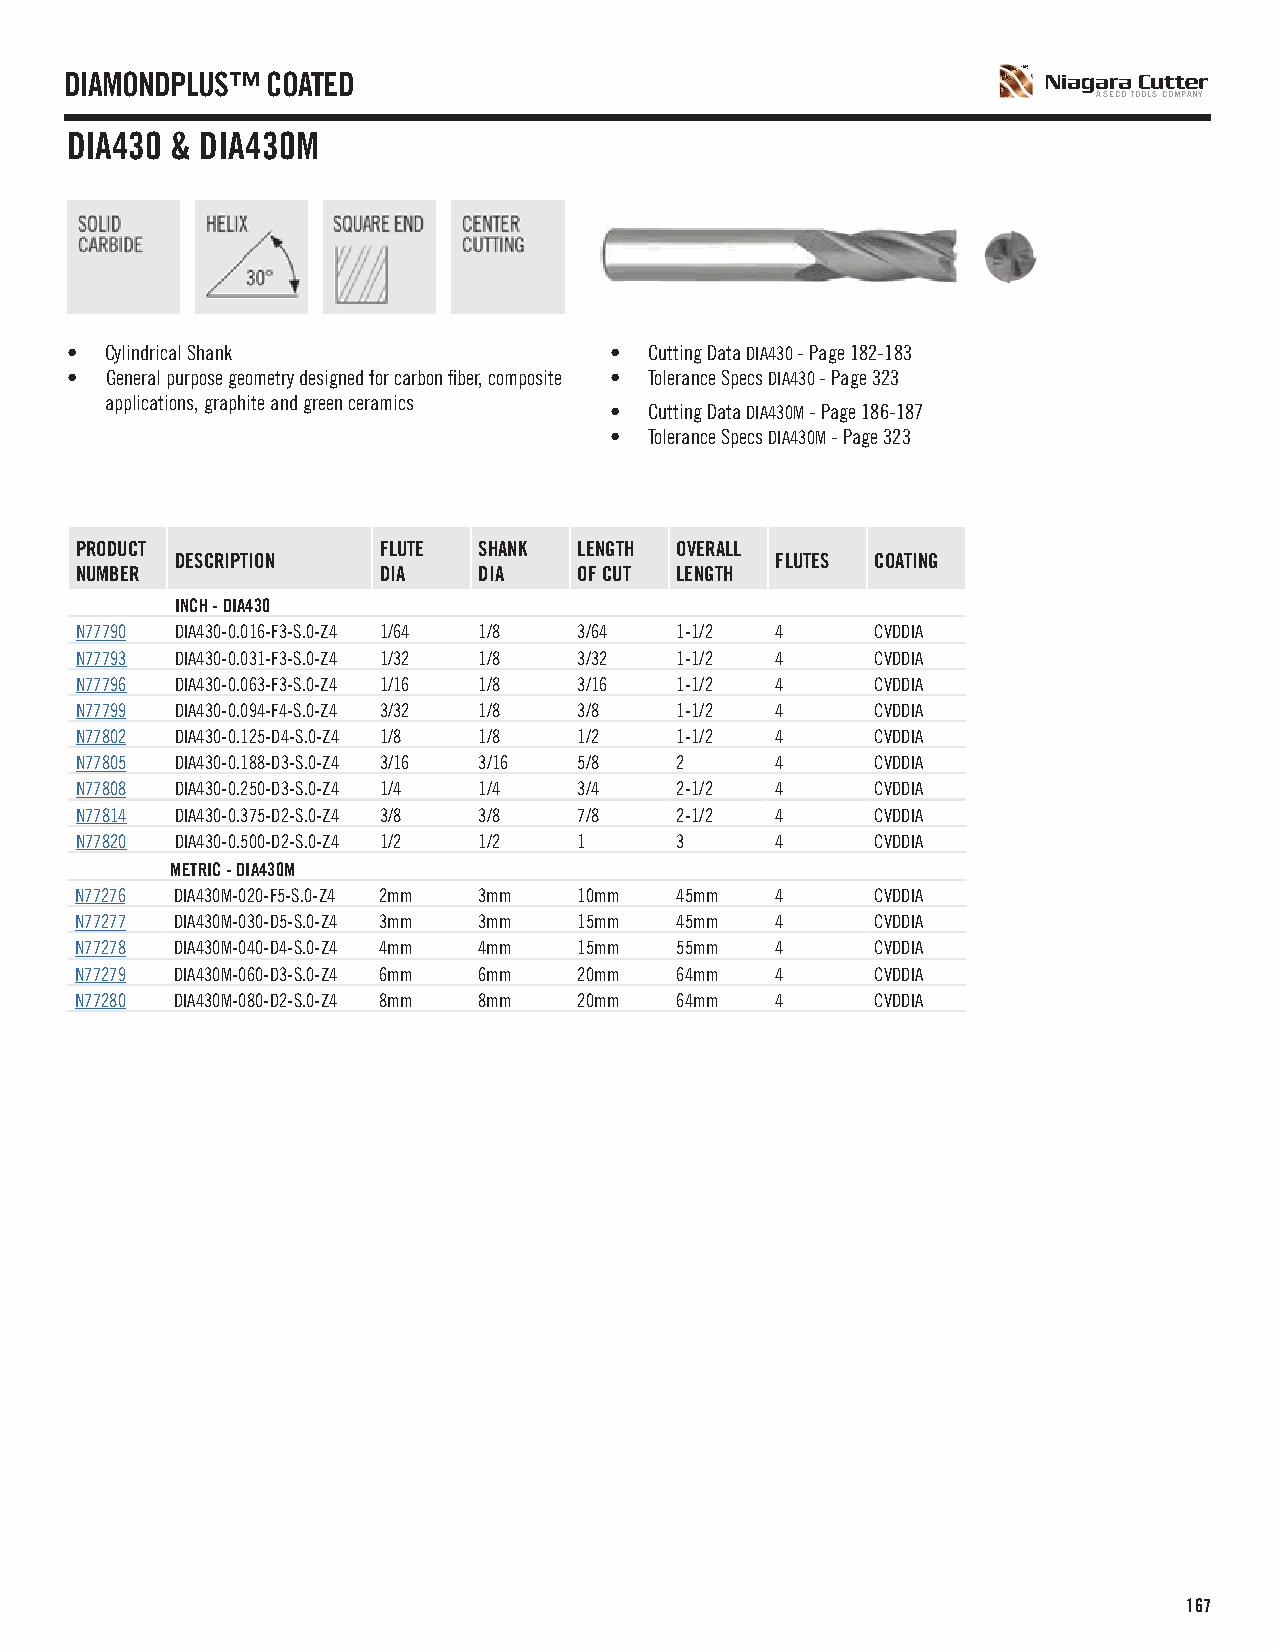
DIAMONDPLUS™  COATED
 A SECO TOOLS COMPANY
 DIA430 & DIA430M
 •  Cylindrical Shank                •  Cutting Data DIA430 - Page 182-183
 •  General purpose geometry designed for carbon fiber, composite • Tolerance Specs DIA430 - Page 323
 applications, graphite and green ceramics
 •  Cutting Data DIA430M - Page 186-187
 •  Tolerance Specs DIA430M - Page 323
 PRODUCT             FLUTE  SHANK LENGTH OVERALL
 DESCRIPTION                            FLUTES COATING
 NUMBER              DIA    DIA   OF CUT LENGTH
 INCH - DIA430
 N77790 DIA430-0.016-F3-S.0-Z4 1/64 1/8 3/64 1-1/2 4  CVDDIA
 N77793 DIA430-0.031-F3-S.0-Z4 1/32 1/8 3/32 1-1/2 4  CVDDIA
 N77796 DIA430-0.063-F3-S.0-Z4 1/16 1/8 3/16 1-1/2 4  CVDDIA
 N77799 DIA430-0.094-F4-S.0-Z4 3/32 1/8 3/8 1-1/2 4   CVDDIA
 N77802 DIA430-0.125-D4-S.0-Z4 1/8 1/8 1/2 1-1/2 4    CVDDIA
 N77805 DIA430-0.188-D3-S.0-Z4 3/16 3/16 5/8 2 4      CVDDIA
 N77808 DIA430-0.250-D3-S.0-Z4 1/4 1/4 3/4 2-1/2 4    CVDDIA
 N77814 DIA430-0.375-D2-S.0-Z4 3/8 3/8 7/8 2-1/2 4    CVDDIA
 N77820 DIA430-0.500-D2-S.0-Z4 1/2 1/2 1 3     4      CVDDIA
 METRIC - DIA430M
 N77276 DIA430M-020-F5-S.0-Z4 2mm 3mm 10mm 45mm 4     CVDDIA
 N77277 DIA430M-030-D5-S.0-Z4 3mm 3mm 15mm 45mm 4     CVDDIA
 N77278 DIA430M-040-D4-S.0-Z4 4mm 4mm 15mm 55mm 4     CVDDIA
 N77279 DIA430M-060-D3-S.0-Z4 6mm 6mm 20mm 64mm 4     CVDDIA
 N77280 DIA430M-080-D2-S.0-Z4 8mm 8mm 20mm 64mm 4     CVDDIA
 167